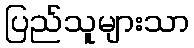
ပြည်သူများသာ